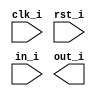
module fsm (
    input clk_i, rst_i, in_i,
    output out_i
);

localparam a=0, b=1, c=2, d=3;
reg [1:0] state;

always @ (posedge clk_i) begin
    // Synchronous reset
    if (rst_i == 1'b0) begin
        state <= a; // A is reset state
    end else begin
        case (state) 
            a: begin
                if (in == 1'b1) begin
                    state <= B;
                end
            end
            b: begin
                if (in == 1'b1) begin
                    state <= C;
                end
            end
            c: begin
                if (in == 1'b1) begin
                    state <= d;
                end
            end


        endcase;

    end

end



endmodule